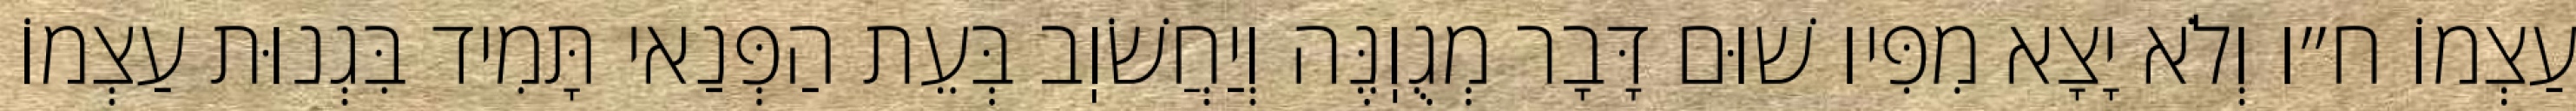
עַצְמוֹ ח״ו וְלֹא יָצָא מִפִּיו שׁוּם דָּבָר מְגֻוֽנֶּה וְיַחֲשֹׁוֽב בְּעֵת הַפְּנַאי תָּמִיד בִּגְנוּת עַצְמוֹ